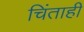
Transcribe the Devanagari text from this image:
चिंताही